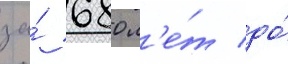
за́ 680 л'е́т до́